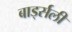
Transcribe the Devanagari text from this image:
बार्ड्सली